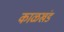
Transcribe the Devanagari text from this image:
काळखंड